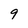
Character: 9